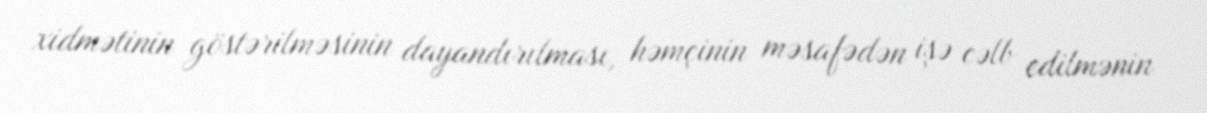
xidmətinin göstərilməsinin dayandırılması, həmçinin məsafədən işə cəlb edilmənin